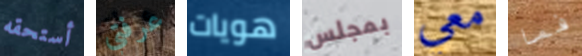
أستحقه عرفتي هويات بمجلس معي فما